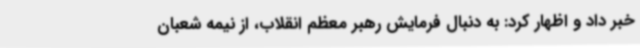
خبر داد و اظهار کرد: به دنبال فرمایش رهبر معظم انقلاب، از نیمه شعبان